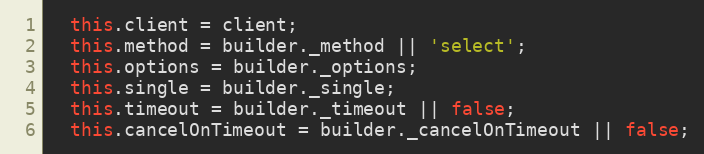
Language: JavaScript
  this.client = client;
  this.method = builder._method || 'select';
  this.options = builder._options;
  this.single = builder._single;
  this.timeout = builder._timeout || false;
  this.cancelOnTimeout = builder._cancelOnTimeout || false;